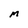
Character: M